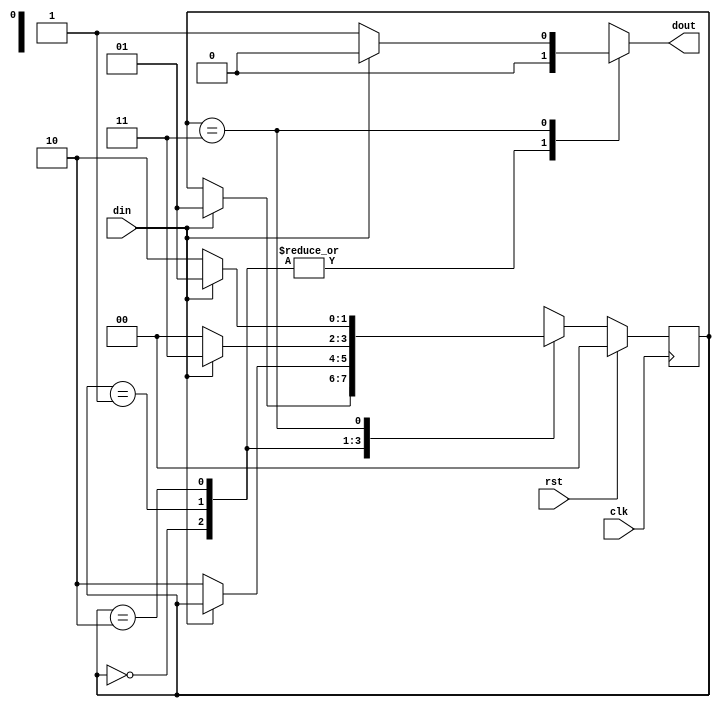
`timescale 1ns / 1ps
module melay( input din,clk,rst,
    output reg dout
    );
reg [1:0] cus,nst;
parameter s0= 2'b00,
          s1= 2'b01,
			 s2= 2'b10,
			 s3= 2'b11;

always@(posedge clk)
begin
if(rst==1) begin
cus<= s0; end
else begin
cus<= nst; end
end

always@(cus or din)
begin
case(cus)
s0: if(din==1) begin
    nst= s1; 
	 dout= 1'b0; end
	 else begin
	 nst= cus; 
	 dout= 1'b0; end
s1: if(din==0) begin
    nst= s2; 
	 dout= 1'b0; end
	 else begin
	 nst= cus; 
	 dout= 1'b0; end

s2: if(din==1) begin
    nst= s3; 
	 dout= 1'b0; end
	 else begin
	 nst= s0; 
	 dout= 1'b0; end
s3: if(din==0) begin
    nst= s2; 
	 dout= 1'b1; end
	 else begin
	 nst= s1; 
	 dout= 1'b0; end

default: nst= s0; 	 
	 
endcase
end


endmodule